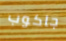
جاكوب